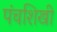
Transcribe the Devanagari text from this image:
पंचशिखी